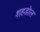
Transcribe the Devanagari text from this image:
शह़डोल